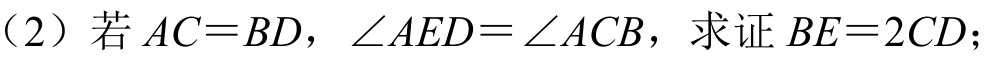
（2）若$AC = BD$，$\angle AED=\angle ACB$，求证$BE = 2CD$；